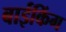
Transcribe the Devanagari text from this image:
बाईकिंग